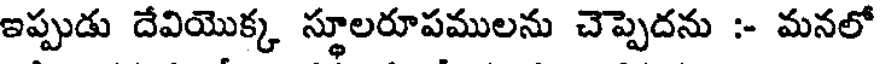
ఇప్పుడు దేవియొక్క స్థూలరూపములను చెప్పెదను :- మనలో